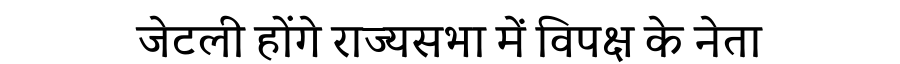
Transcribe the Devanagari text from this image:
जेटली होंगे राज्यसभा में विपक्ष के नेता